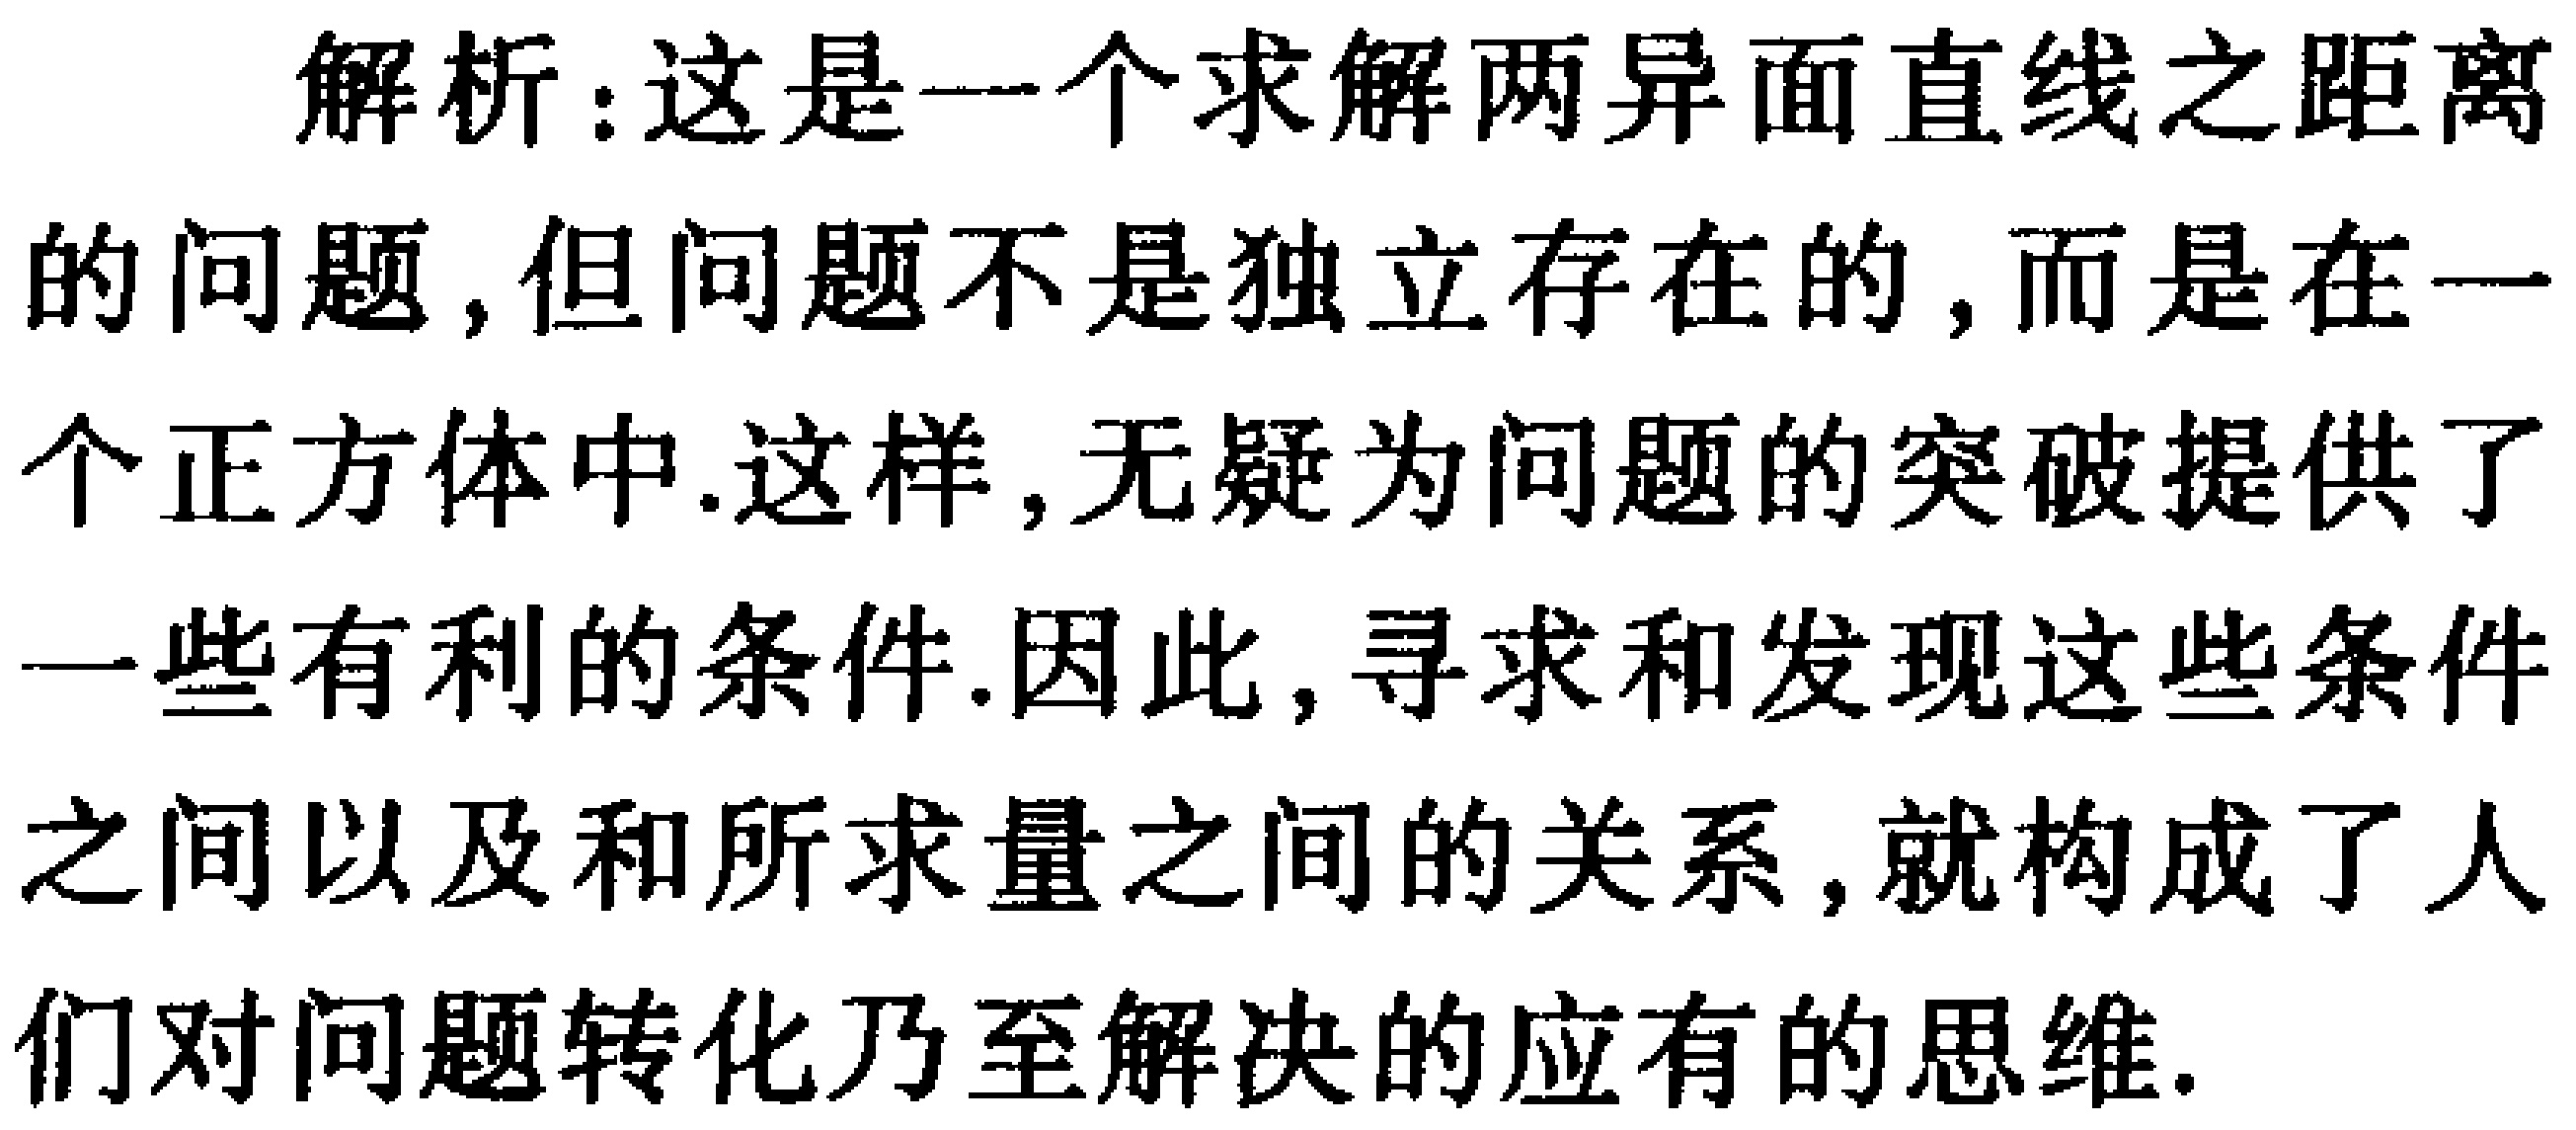
解析：这是一个求解两异面直线之距离的问题,但问题不是独立存在的,而是在一个正方体中.这样,无疑为问题的突破提供了一些有利的条件.因此,寻求和发现这些条件之间以及和所求量之间的关系,就构成了人们对问题转化乃至解决的应有的思维.